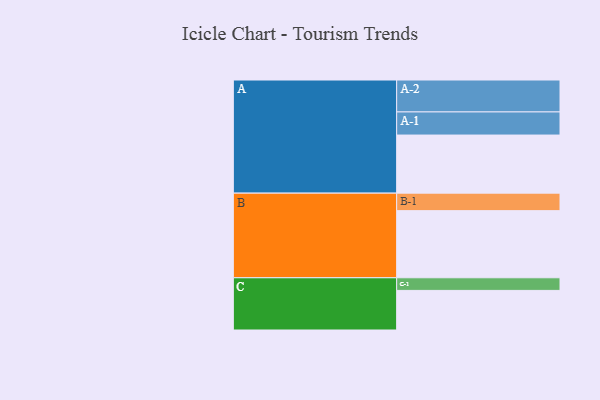
{"axis": {"x": "Segment", "y": "Value"}, "legend": ["", "A", "B", "C"], "data": [{"x": "A", "y": 515, "type": ""}, {"x": "B", "y": 595, "type": ""}, {"x": "C", "y": 351, "type": ""}, {"x": "A-1", "y": 205, "type": "A"}, {"x": "A-2", "y": 283, "type": "A"}, {"x": "B-1", "y": 155, "type": "B"}, {"x": "C-1", "y": 112, "type": "C"}]}